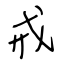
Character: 戒